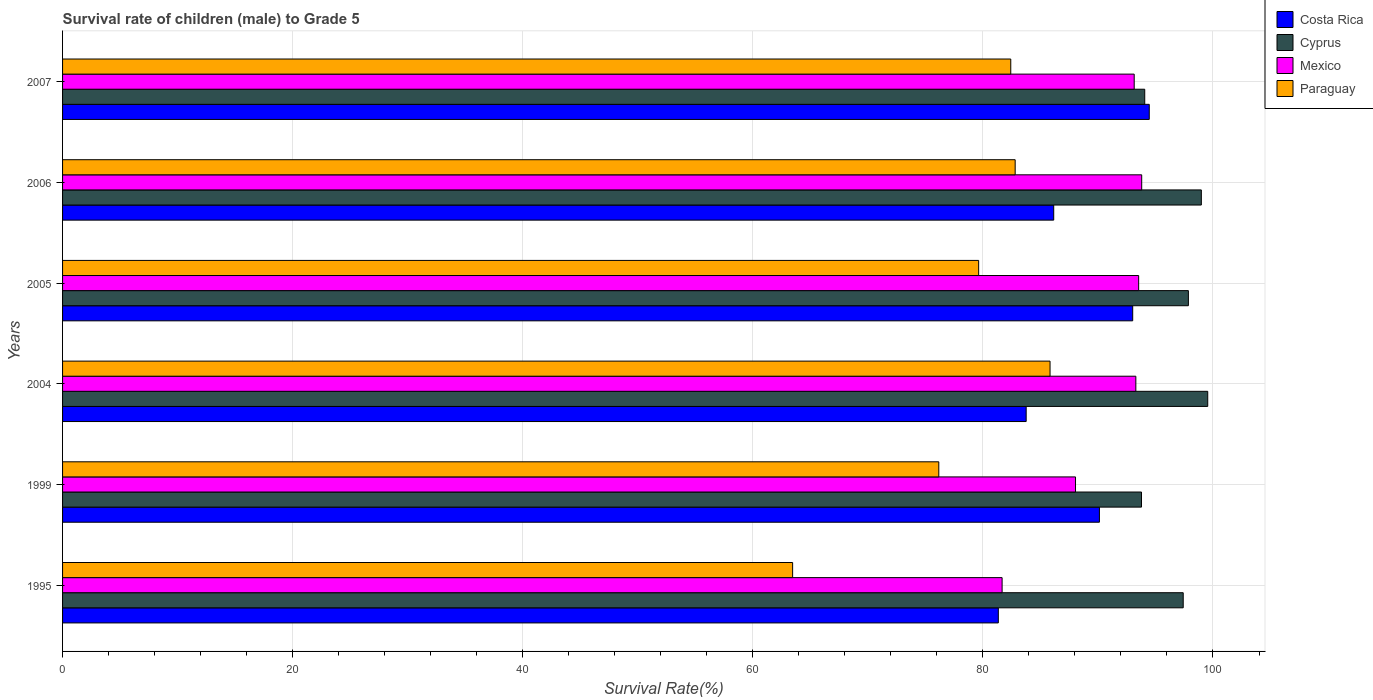
| Years | Costa Rica | Cyprus | Mexico | Paraguay |
 | --- | --- | --- | --- | --- |
 | 1995 | 81.3 | 97.4 | 81.7 | 63.5 |
 | 1999 | 90.1 | 93.8 | 88.1 | 76.2 |
 | 2004 | 83.8 | 99.5 | 93.3 | 85.8 |
 | 2005 | 93 | 97.9 | 93.5 | 79.6 |
 | 2006 | 86.2 | 99 | 93.8 | 82.8 |
 | 2007 | 94.5 | 94.1 | 93.2 | 82.4 |